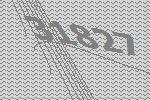
31827